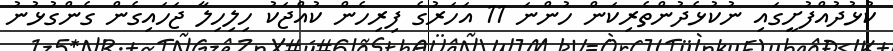
ކުޅުދުއްފުށީގައި ނުކުޅެދުންތެރިކަން ހުންނަ 11 އަަހަރުގެ ފިރިހެން ކުއްޖަކު ހިލިހިލާ ޖަހައިގެން ގެންގުޅުނު